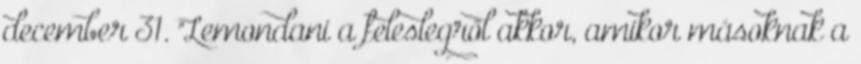
december 31. "Lemondani a feleslegről akkor, amikor másoknak a